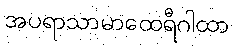
အပရာသာမာထေရီဂါထာ